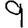
Digit: 9